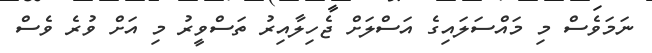
ނަމަވެސް މި މައްސަލައިގެ އަސްލަށް ޖެހިލާއިރު ތަސްވީރު މި އަށް ވުރެ ވެސް